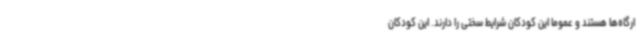
ارگاه‌ها هستند و عموما این کودکان شرایط سختی را دارند. این کودکان